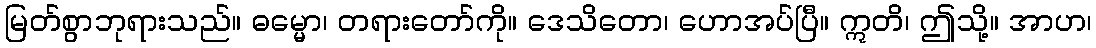
မြတ်စွာဘုရားသည်။ ဓမ္မော၊ တရားတော်ကို။ ဒေသိတော၊ ဟောအပ်ပြီ။ ဣတိ၊ ဤသို့။ အာဟ၊